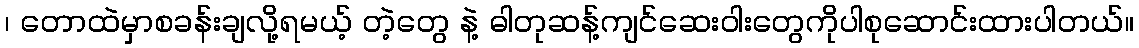
၊ တောထဲမှာစခန်းချလို့ရမယ့် တဲ့တွေ နဲ့ ဓါတုဆန့်ကျင်ဆေးဝါးတွေကိုပါစုဆောင်းထားပါတယ်။